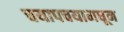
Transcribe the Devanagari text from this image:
चयापचयामधून